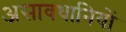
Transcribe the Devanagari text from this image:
असावधानियों